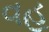
વહ